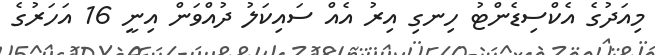
މިއަދުގެ އެކްސިޑެންޓު ހިނގި އިރު އެއް ސައިކަލު ދުއްވަން އިނީ 16 އަހަރުގެ